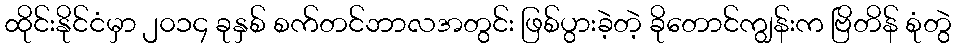
ထိုင်းနိုင်ငံမှာ ၂၀၁၄ ခုနှစ် စက်တင်ဘာလအတွင်း ဖြစ်ပွားခဲ့တဲ့ ခိုတောင်ကျွန်းက ဗြိတိန် စုံတွဲ